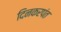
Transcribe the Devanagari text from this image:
दिनकरपंत